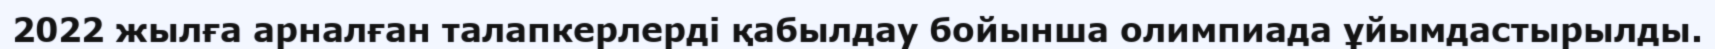
2022 жылға арналған талапкерлерді қабылдау бойынша олимпиада ұйымдастырылды.